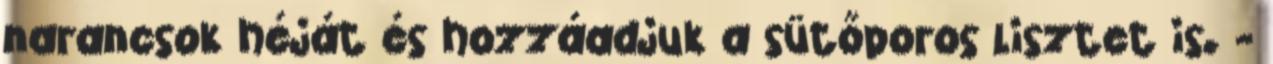
narancsok héját és hozzáadjuk a sütőporos lisztet is. -